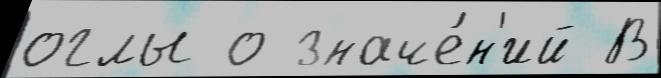
оглы о значе́н'ий В